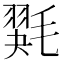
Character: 𰚭